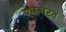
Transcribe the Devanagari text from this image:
एकवटत